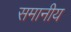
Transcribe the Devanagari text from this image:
समानीय